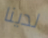
لدينا